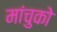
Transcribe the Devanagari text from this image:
मांचुको